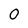
Character: 0